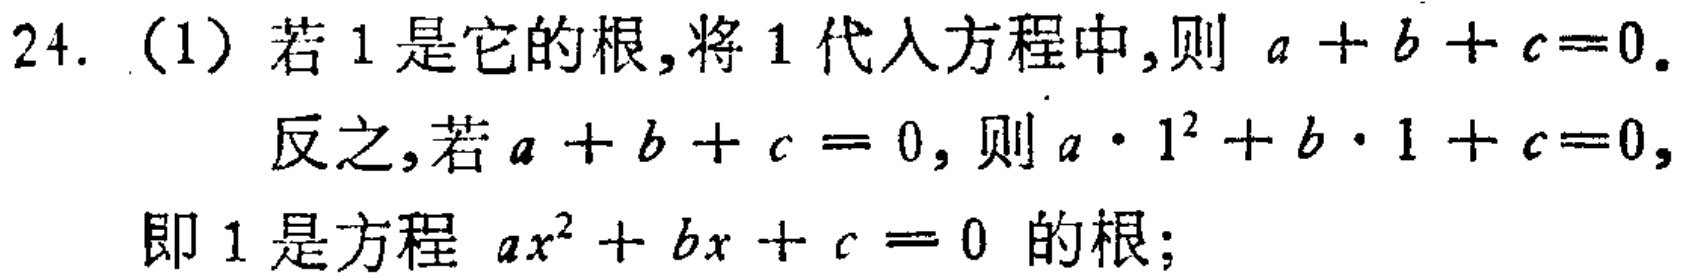
24.（1）若1是它的根,将1代入方程中,则 \(a + b + c = 0\).
反之,若\(a + b + c = 0\), 则\(a\cdot1^{2}+b\cdot1 + c = 0\),
即1是方程 \(ax^{2}+bx + c = 0\) 的根;